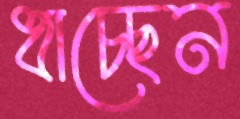
ধাচ্ছেন